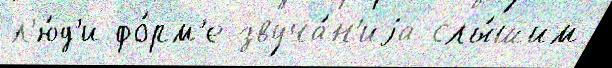
л'ю́д'и фо́рм'е звуча́н'иjа слы́шим